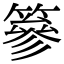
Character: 篸